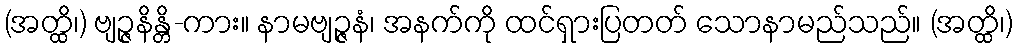
(အတ္ထိ၊) ဗျဉ္ဇနိန္တိ-ကား။ နာမဗျဉ္ဇနံ၊ အနက်ကို ထင်ရှားပြတတ် သောနာမည်သည်။ (အတ္ထိ၊)